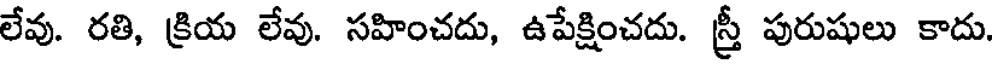
లేవు. రతి, క్రియ లేవు. సహించదు, ఉపేక్షించదు. స్త్రీ పురుషులు కాదు.